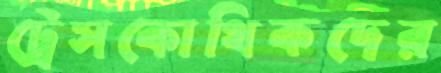
ট্রেসকোথিকদের